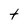
Character: t